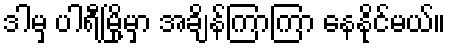
ဒါမှ ပါရီမြို့မှာ အချိန်ကြာကြာ နေနိုင်မယ်။